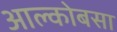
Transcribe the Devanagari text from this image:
आल्कोबसा